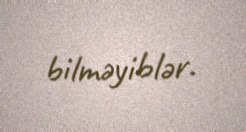
bilməyiblər.